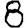
Digit: 8